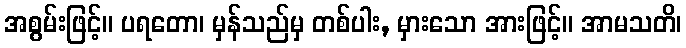
အစွမ်းဖြင့်။ ပရတော၊ မှန်သည်မှ တစ်ပါး, မှားသော အားဖြင့်။ အာမသတိ၊